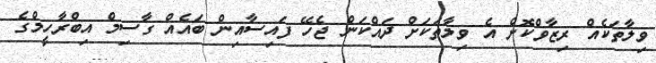
ވިލާތަކެއް ރިޒާވްކޮށް އެ ވިލާތަކަށް ދައްކަން ޖެހޭ ފައިސާއިން ބައެއް ގާސިމް އިބްރާހީމްގެ